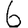
Digit: 6